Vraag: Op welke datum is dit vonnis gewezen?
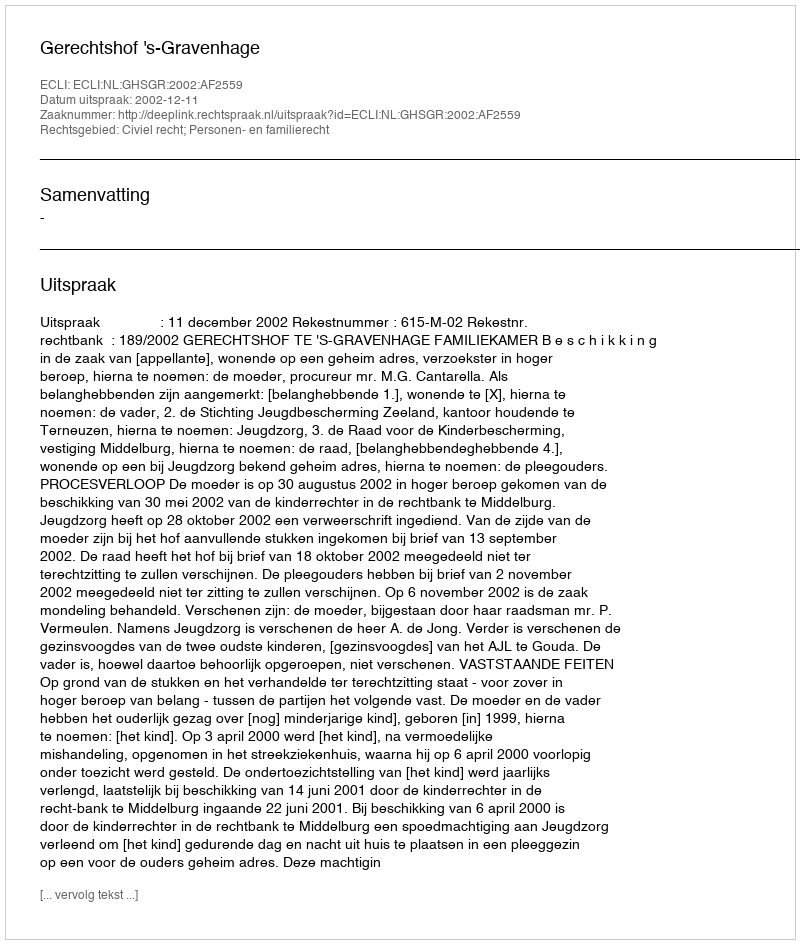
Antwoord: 2002-12-11